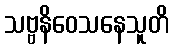
သဗ္ဗနိဝေသနေသူတိ